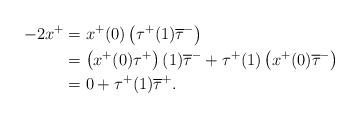
LaTeX: \begin{align*}- 2 x^{+}&= x^{+}(0) \left(\tau^{+}(1)\overline{\tau}^{-}\right)\\&= \left(x^{+}(0)\tau^{+}\right)(1)\overline{\tau}^{-}+\tau^{+}(1)\left(x^{+}(0) \overline{\tau}^{-}\right)\\&= 0+\tau^{+}(1) \overline{\tau}^{+}.\end{align*}